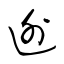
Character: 迯